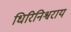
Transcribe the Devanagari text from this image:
धिरिनिश्वराय